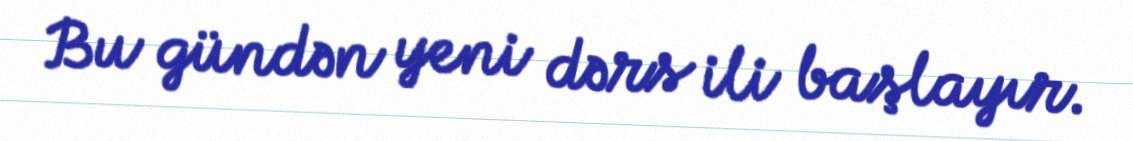
Bu gündən yeni dərs ili başlayır.